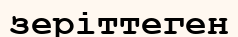
зеріттеген